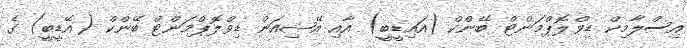
އިސްލާމިކް ޑިވްލޮޕްމަންޓް ބޭންްކް (އައިޑީބީ) އާއި އޭޝިއަން ޑިވްލޮޕްމަންޓް ބޭންކް (އޭޑީބީ) ގެ